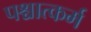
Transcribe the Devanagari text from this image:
पश्चात्कर्म